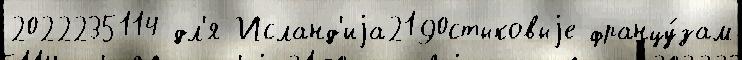
2022235114 дл'я Исланд'иjа2190стыковыjе францу́зам